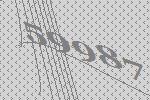
59987